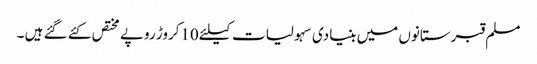
مسلم قبرستانوں میں بنیادی سہولیات کیلئے10کروڑ روپے مختص کئے گئے ہیں ۔